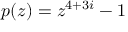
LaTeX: p ( z ) = z ^ { 4 + 3 i } - 1